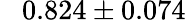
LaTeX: \phantom{-}0.824\pm 0.074